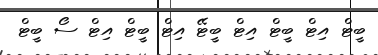
ބީޓް އިޓް ބީޓް އިޓް ބީޓޭ އިޓް ބީޓް އިޓް ސޯ ބީޓް